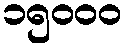
၁၅၀၀၀